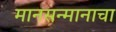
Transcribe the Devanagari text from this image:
मानसन्मानाचा